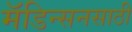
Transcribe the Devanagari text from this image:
मॅडिन्सनसाठी